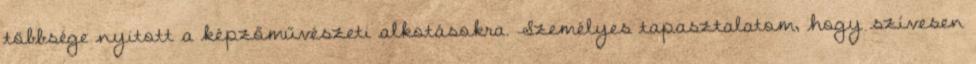
többsége nyitott a képzőművészeti alkotásokra. Személyes tapasztalatom, hogy szívesen